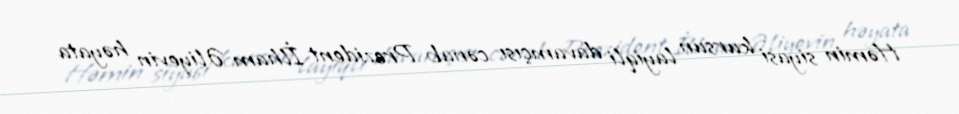
Həmin siyasi kursun layiqli davamçısı cənab Prezident İlham Əliyevin həyata